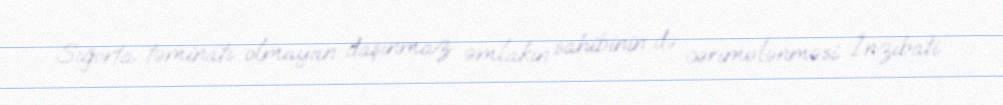
Sığorta təminatı olmayan daşınmaz əmlakın sahibinin də cərimələnməsi İnzibati